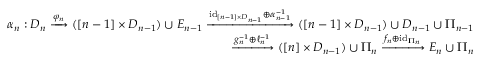
\begin{array} { r } { \alpha _ { n } : D _ { n } \xrightarrow { \varphi _ { n } } ( [ n - 1 ] \times D _ { n - 1 } ) \cup E _ { n - 1 } \xrightarrow { \mathrm { i d } _ { [ n - 1 ] \times D _ { n - 1 } } \oplus \alpha _ { n - 1 } ^ { - 1 } } ( [ n - 1 ] \times D _ { n - 1 } ) \cup D _ { n - 1 } \cup \Pi _ { n - 1 } } \\ { \xrightarrow { g _ { n } ^ { - 1 } \oplus \ell _ { n } ^ { - 1 } } ( [ n ] \times D _ { n - 1 } ) \cup \Pi _ { n } \xrightarrow { f _ { n } \oplus \mathrm { i d } _ { \Pi _ { n } } } E _ { n } \cup \Pi _ { n } } \end{array}